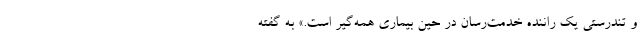
و تندرستی یک راننده خدمت‌رسان در حین بیماری همه‌گیر است.» به گفته